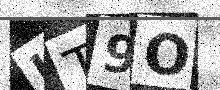
Text: LT9O